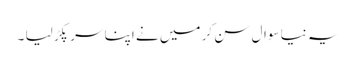
یہ نیا سوال سن کر میں نے اپنا سر پکڑ لیا ۔